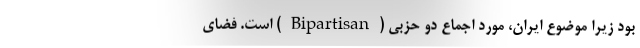
بود زیرا موضوع ایران، موردِ اجماعِ دو حزبی (Bipartisan) است. فضای